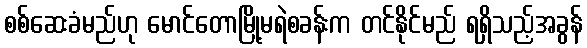
စစ်ဆေးခံမည်ဟု မောင်တောမြို့မရဲစခန်းက တင်နိုင်မည် ရရှိသည့်အခွန်